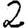
Digit: 2